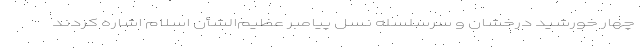
چهار خورشید درخشان و سرسلسله نسل پیامبر عظیم‌الشأن اسلام اشاره کردند